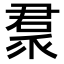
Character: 𠹩